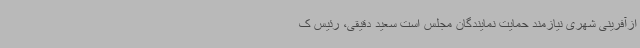
ازآفرینی شهری نیازمند حمایت نمایندگان مجلس است سعید دقیقی، رئیس ک